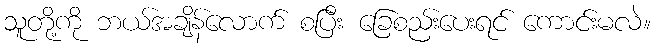
သူတို့ကို ဘယ်အချိန်လောက် စပြီး ခြေစည်းပေးရင် ကောင်းမလဲ။